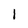
Character: 1